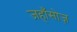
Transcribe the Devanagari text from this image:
जहाँसोज़